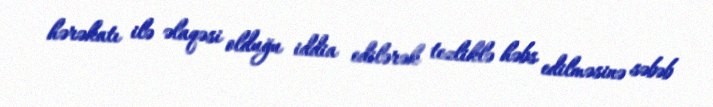
hərəkatı ilə əlaqəsi olduğu iddia edilərək tezliklə həbs edilməsinə səbəb